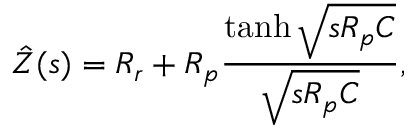
\hat { Z } ( s ) = R _ { r } + R _ { p } \frac { \operatorname { t a n h } \sqrt { s R _ { p } C } } { \sqrt { s R _ { p } C } } ,